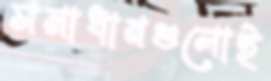
সমাধানগুলোই